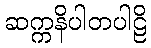
ဆက္ကနိပါတပါဠိ